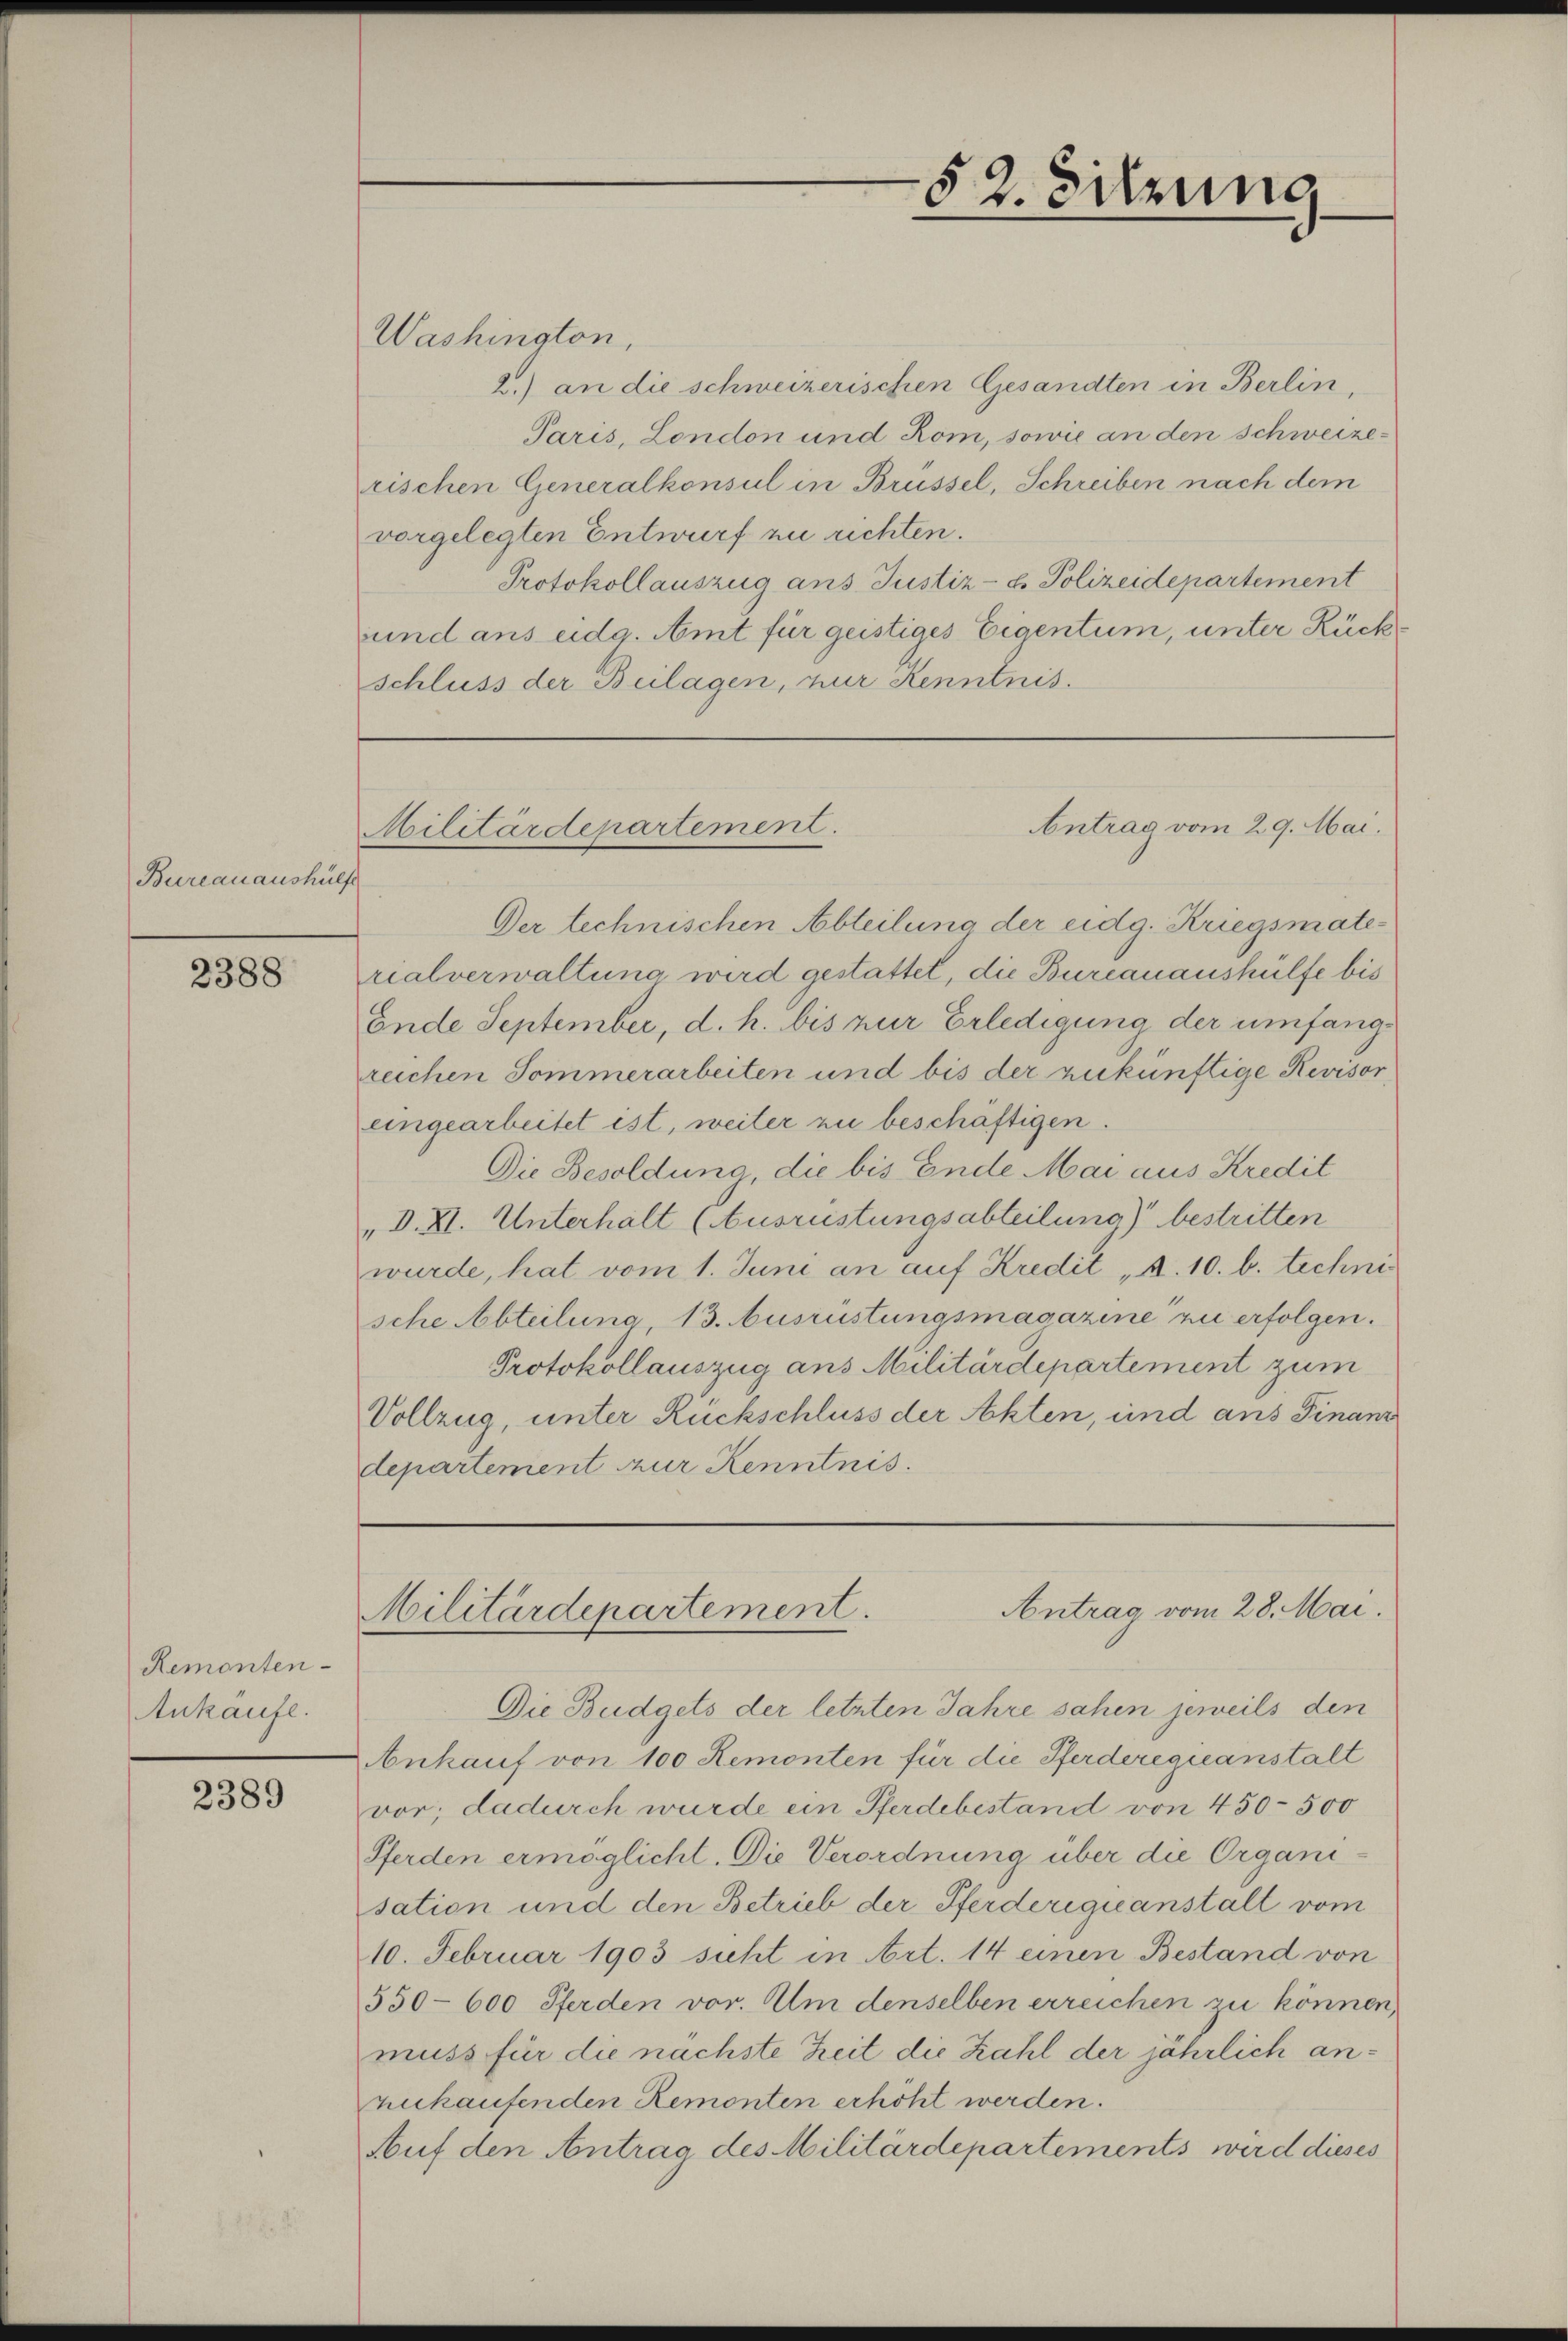
Bureauaushülfe

2388

Remonten-
Ankaufe.

2389

Washington,
2.) an die schweizerischen Gesandten in Berlin,
Paris, London und Rom, sowie an den Schweizerischen Generalkonsul in Brüssel, Schreiben nach dem
vorgelegten Entwurf zu richten.
Protokollauszug ans Justiz- & Polizeidepartement
und aus eidg. Amt für geistiges Eigentum, unter Rückschluss der Beilagen, nur Kenntnis.

Der technischen Abteilung der eidg. Kriegsmaterialverwaltung wird gestattet, die Burcanaushülfe bis
Ende September, d. h. bis zur Erledigung der umfangreichen Sommerarbeiten und bis der zukünftige Revisor
eingearbeitet ist, weiter zu beschäftigen.
Die Besoldung, die bis Ende Mai aus Kredit
„D. XI. Unterhalt (Ausrüstungsabteilung) bestritten
wurde, hat vom 1. Juni an auf Kredit „A. 10. b. technische Abteilung, 13. Ausrüstungsmagazine zu erfolgen.
Protokollauszug aus Militärdepartement zum
Vollzug, unter Rückschluss der Akten, und ans Finanz
departement zur Kenntnis.

52. Sitzung

Antrag vom 29. Mai.
Militärdepartement.

Die Budgets der letzten Jahre sahen jeweils den
Ankauf von 100 Remonten für die Pferderegieanstalt
vor; dadurch wurde ein Pferdebestand von 450-500
Pferden ermöglicht. Die Verordnung über die Organi-
sation und den Betrieb der Pferderigieanstalt vom
10. Februar 1903 sicht in Art. 14 einen Bestand von
550–600 Pferden vor. Um denselben erreichen zu können,
muss für die nächste Zeit die Zahl der jährlich anzukaufenden Remonten erhöht werden.
Auf den Antrag des Militärdepartements wird dieses

Antrag vom 28. Mai.
Militärdepartement.